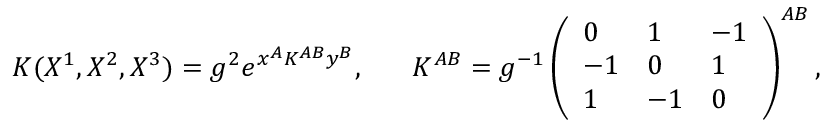
K ( X ^ { 1 } , X ^ { 2 } , X ^ { 3 } ) = g ^ { 2 } e ^ { x ^ { A } K ^ { A B } y ^ { B } } , \ \ \ \ \ K ^ { A B } = g ^ { - 1 } \left( \begin{array} { l l l } { { 0 } } & { { 1 } } & { { - 1 } } \\ { { - 1 } } & { { 0 } } & { { 1 } } \\ { { 1 } } & { { - 1 } } & { { 0 } } \end{array} \right) ^ { A B } ,